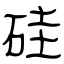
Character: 硅